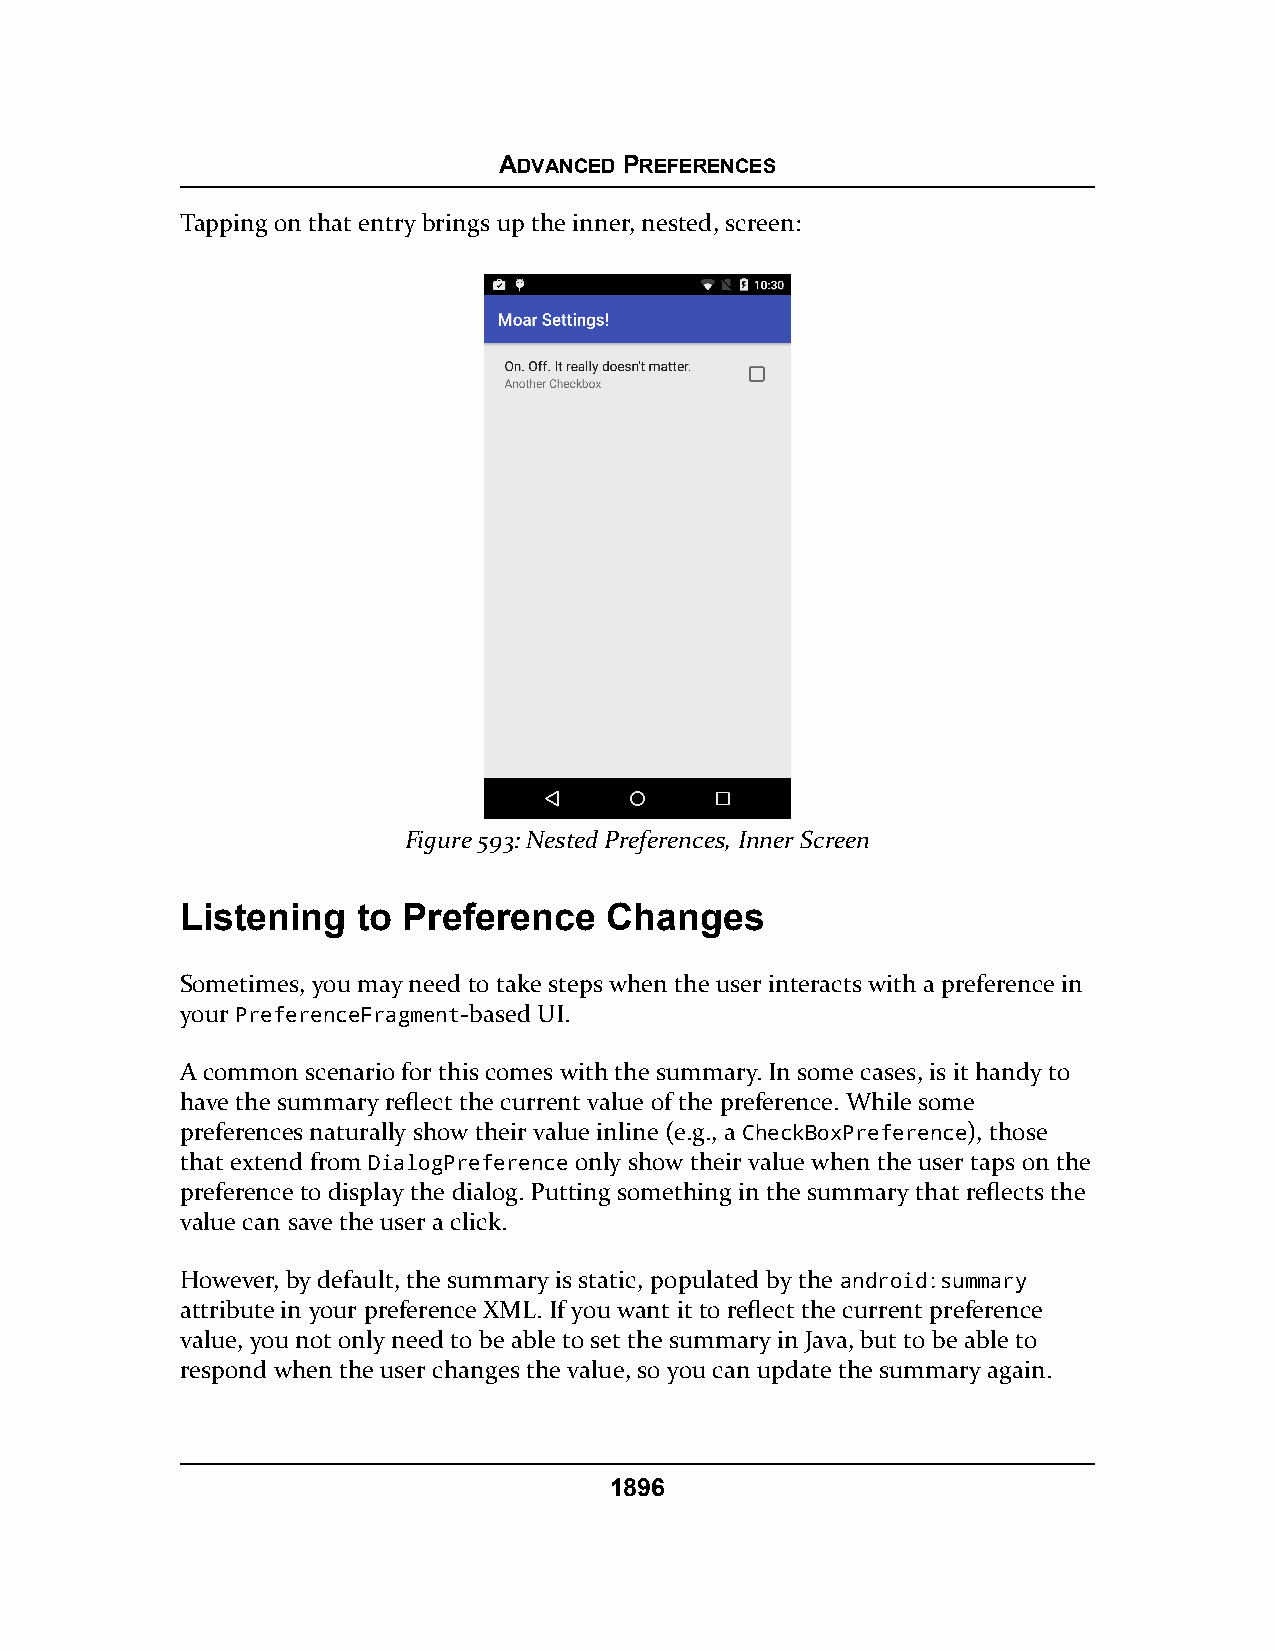
ADVANCED PREFERENCES
 Tapping on that entry brings up the inner, nested, screen:
 Figure 593: Nested Preferences, Inner Screen
 Listening   to Preference   Changes
 Sometimes, you may need to take steps when the user interacts with a preference in
 your PreferenceFragment-based UI.
 A common scenario for this comes with the summary. In some cases, is it handy to
 have the summary reflect the current value of the preference. While some
 preferences naturally show their value inline (e.g., a CheckBoxPreference), those
 that extend from DialogPreference only show their value when the user taps on the
 preference to display the dialog. Putting something in the summary that reflects the
 value can save the user a click.
 However, by default, the summary is static, populated by the android:summary
 attribute in your preference XML. If you want it to reflect the current preference
 value, you not only need to be able to set the summary in Java, but to be able to
 respond when the user changes the value, so you can update the summary again.
 1896